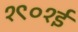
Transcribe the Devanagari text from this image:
१९०१ई